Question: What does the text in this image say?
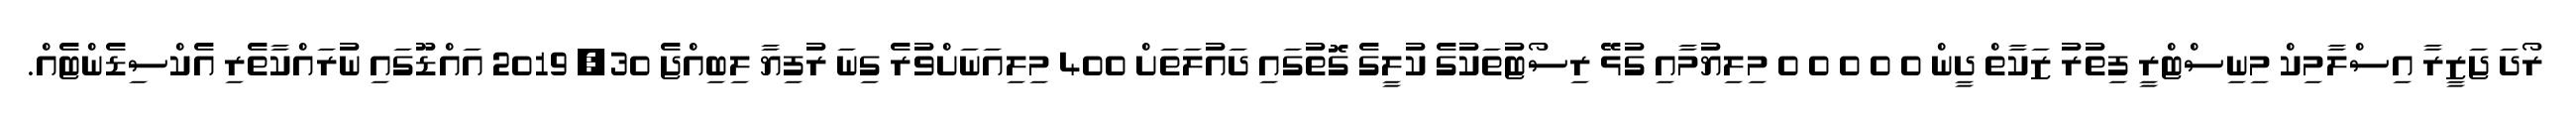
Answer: ރޯދަ ޖަޒީރާ އިސްލާމިކް މިނިސްޓްރީ ފިތުރު ޒަކާތް ދީން 0 0 0 0 0 މިލިޔުމާއި ގުޅޭ ރިސޯޓުތަކުގެ ކުލީގެ ގޮތުގައި ދައުލަތަށް 400 މިލިއަނަށްވުރެ ގިނަ ރުފިޔާ ލިބިއްޖެ 30, 2019 އައްޑޫގައި ނުރައްކާތެރި އެކްސިޑެންޓެއް.